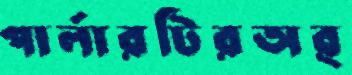
পার্লারটিরঅর্